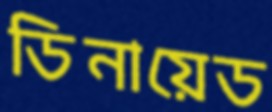
ডিনায়েড